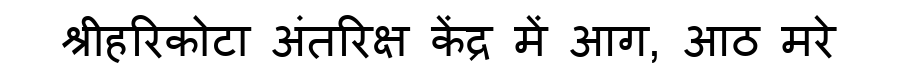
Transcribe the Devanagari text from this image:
श्रीहरिकोटा अंतरिक्ष केंद्र में आग, आठ मरे